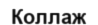
Коллаж